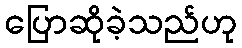
ပြောဆိုခဲ့သည်ဟု